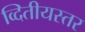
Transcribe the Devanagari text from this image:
व्दितीयस्तर